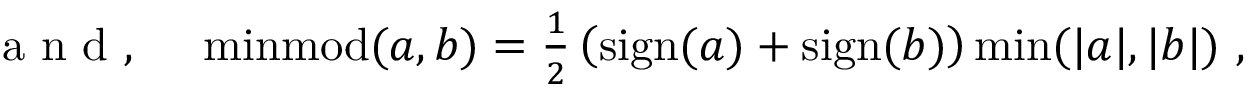
\begin{array} { r l } { \mathrm { ~ a ~ n ~ d ~ , ~ } } & { { } \operatorname { m i n m o d } ( a , b ) = \frac { 1 } { 2 } \left( \operatorname { s i g n } ( a ) + \operatorname { s i g n } ( b ) \right) \operatorname* { m i n } ( | a | , | b | ) \, \, , } \end{array}